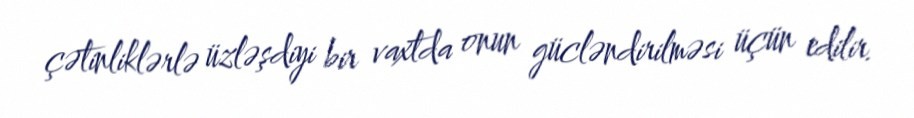
çətinliklərlə üzləşdiyi bir vaxtda onun gücləndirilməsi üçün edilir.